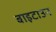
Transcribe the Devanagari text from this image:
बाइटाउन